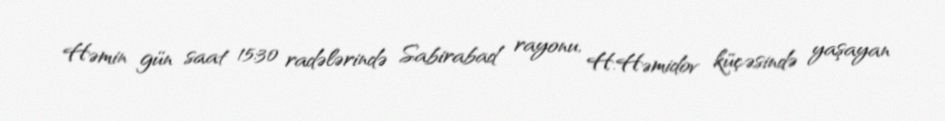
Həmin gün saat 15:30 radələrində Sabirabad rayonu, H.Həmidov küçəsində yaşayan